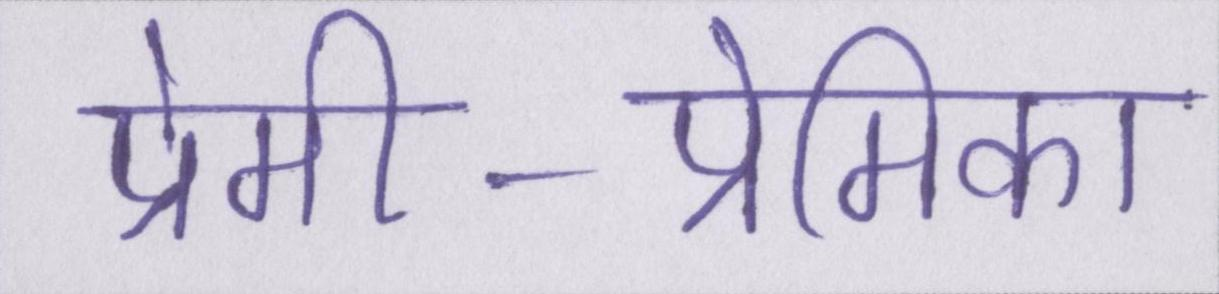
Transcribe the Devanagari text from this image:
प्रेमी-प्रेमिका